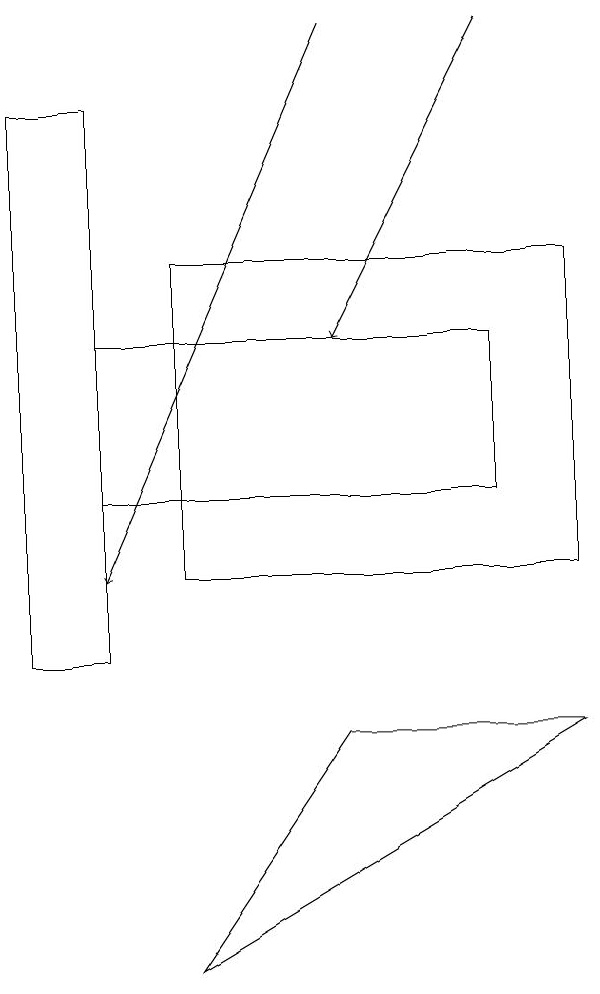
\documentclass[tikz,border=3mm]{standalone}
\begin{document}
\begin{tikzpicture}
\draw (3,15) rectangle (8,11);
\draw[->] (7,18) -- (5,14);
\draw (3,6) -- (5,9) -- (8,9) -- cycle;
\draw (2,17) rectangle (1,10);
\draw[->] (5,18) -- (2,11);
\draw (7,14) rectangle (2,12);
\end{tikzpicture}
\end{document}